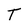
Character: T